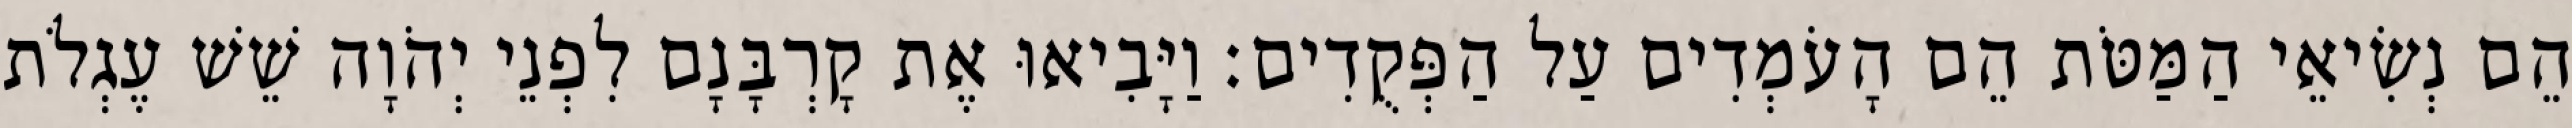
הֵם נְשִׂיאֵי הַמַּטֹּת הֵם הָעֹמְדִים עַל הַפְּקֻדִים׃ וַיָּבִיאוּ אֶת קָרְבָּנָם לִפְנֵי יְהֹוָה שֵׁשׁ עֶגְלֹת